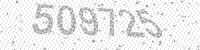
Solution: 509725